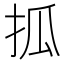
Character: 㧓